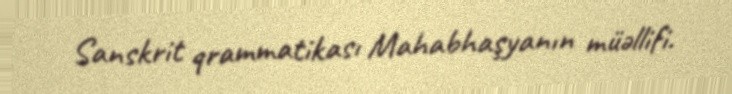
Sanskrit qrammatikası Mahabhaşyanın müəllifi.